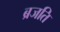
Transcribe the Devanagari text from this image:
ब्रजति